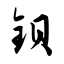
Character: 钡